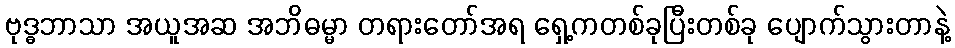
ဗုဒ္ဓဘာသာ အယူအဆ အဘိဓမ္မာ တရားတော်အရ ရှေ့ကတစ်ခုပြီးတစ်ခု ပျောက်သွားတာနဲ့